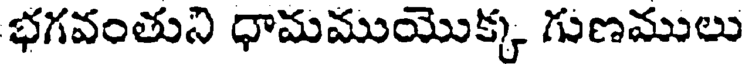
భగవంతుని ధామముయొక్క గుణములు